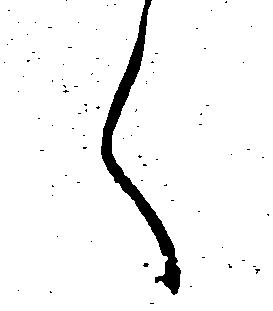
く